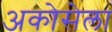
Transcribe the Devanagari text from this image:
अकोसेला